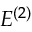
E ^ { ( 2 ) }